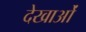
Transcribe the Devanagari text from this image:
देखाओं